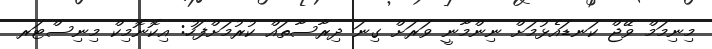
މިނިމަމް ވޭޖް ކަނޑައެޅުމަށް ނިންމާނީ ވަރަށް ގިނަ ދިރާސާތައް ކުރުމަށްފަހު: އިކޮނޮމިކް މިނިސްޓަރ